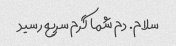
سلام. دم شما گرم سریع رسید